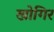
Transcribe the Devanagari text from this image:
खोगिर